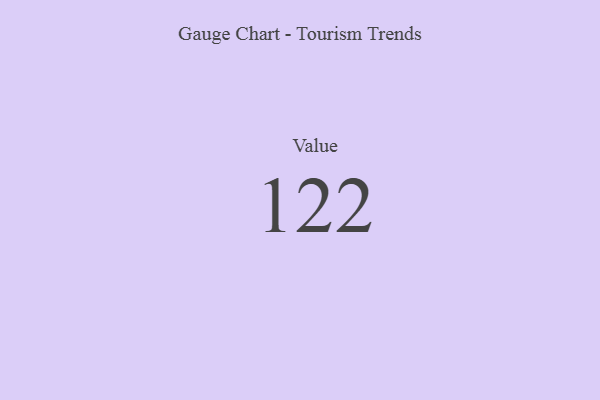
{"axis": {"x": "Metric", "y": "Value"}, "legend": [""], "data": [{"x": "Value", "y": 122, "type": ""}]}